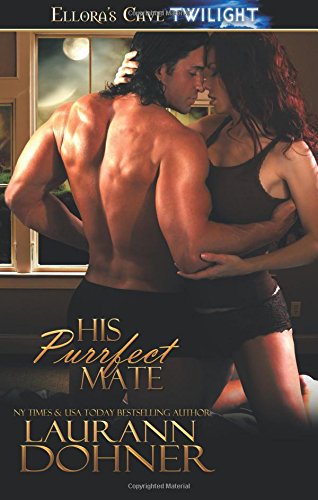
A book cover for His Purrfect Mate; Laurann Dohner; Romance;